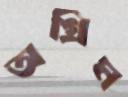
অগ্রিম